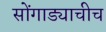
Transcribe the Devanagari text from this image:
सोंगाड्याचीच